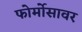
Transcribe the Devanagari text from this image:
फोर्मोसावर